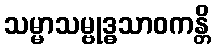
သမ္မာသမ္ဗုဒ္ဓသာဝကန္တိ